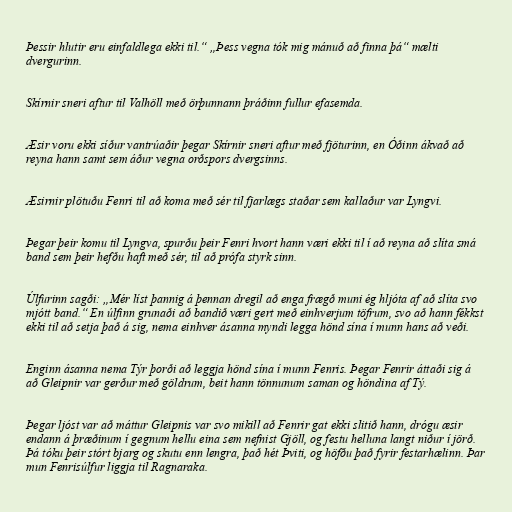
Þessir hlutir eru einfaldlega ekki til.“ „Þess vegna tók mig mánuð að finna þá“ mælti
dvergurinn.

Skírnir sneri aftur til Valhöll með örþunnann þráðinn fullur efasemda.

Æsir voru ekki síður vantrúaðir þegar Skírnir sneri aftur með fjöturinn, en Óðinn ákvað að
reyna hann samt sem áður vegna orðspors dvergsinns.

Æsirnir plötuðu Fenri til að koma með sér til fjarlægs staðar sem kallaður var Lyngvi.

Þegar þeir komu til Lyngva, spurðu þeir Fenri hvort hann væri ekki til í að reyna að slíta smá
band sem þeir hefðu haft með sér, til að prófa styrk sinn.

Úlfurinn sagði: „Mér líst þannig á þennan dregil að enga frægð muni ég hljóta af að slíta svo
mjótt band.“ En úlfinn grunaði að bandið væri gert með einhverjum töfrum, svo að hann fékkst
ekki til að setja það á sig, nema einhver ásanna myndi legga hönd sína í munn hans að veði.

Enginn ásanna nema Týr þorði að leggja hönd sína í munn Fenris. Þegar Fenrir áttaði sig á
að Gleipnir var gerður með göldrum, beit hann tönnunum saman og höndina af Tý.

Þegar ljóst var að máttur Gleipnis var svo mikill að Fenrir gat ekki slitið hann, drógu æsir
endann á þræðinum í gegnum hellu eina sem nefnist Gjöll, og festu helluna langt niður í jörð.
Þá tóku þeir stórt bjarg og skutu enn lengra, það hét Þviti, og höfðu það fyrir festarhælinn. Þar
mun Fenrisúlfur liggja til Ragnaraka.